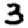
Digit: 3